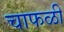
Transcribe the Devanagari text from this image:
चाफळी